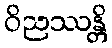
ဝိညဿန္တိ